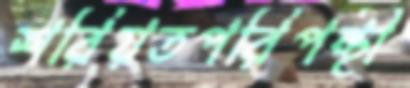
শরিয়তপরিপন্থী